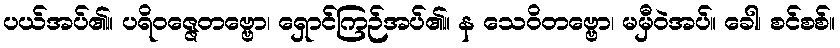
ပယ်အပ်၏။ ပရိဝဇ္ဇေတဗ္ဗော၊ ရှောင်ကြဉ်အပ်၏။ န သေဝိတဗ္ဗော၊ မမှီဝဲအပ်။ ခေါ၊ စင်စစ်။